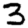
Digit: 3